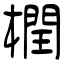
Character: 橍